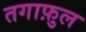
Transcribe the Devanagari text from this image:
तगाफ़ुल